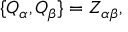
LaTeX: \{ Q _ { \alpha } , Q _ { \beta } \} = Z _ { \alpha \beta } ,